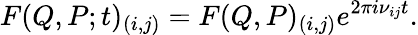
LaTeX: F(Q,P;t)_{(i,j)}=F(Q,P)_{(i,j)}e^{2{\pi}i{\nu}_{ij}t}.